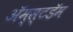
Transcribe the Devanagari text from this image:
अॅम्स्टडॅम